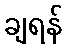
ချရန်